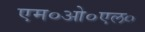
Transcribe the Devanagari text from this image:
एम०ओ०एल०